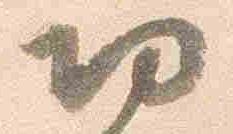
功